Report on plague in the Punjab from October 1st ... to September 30th ..., being the ... season of plague in the province
Disease focus: Plague
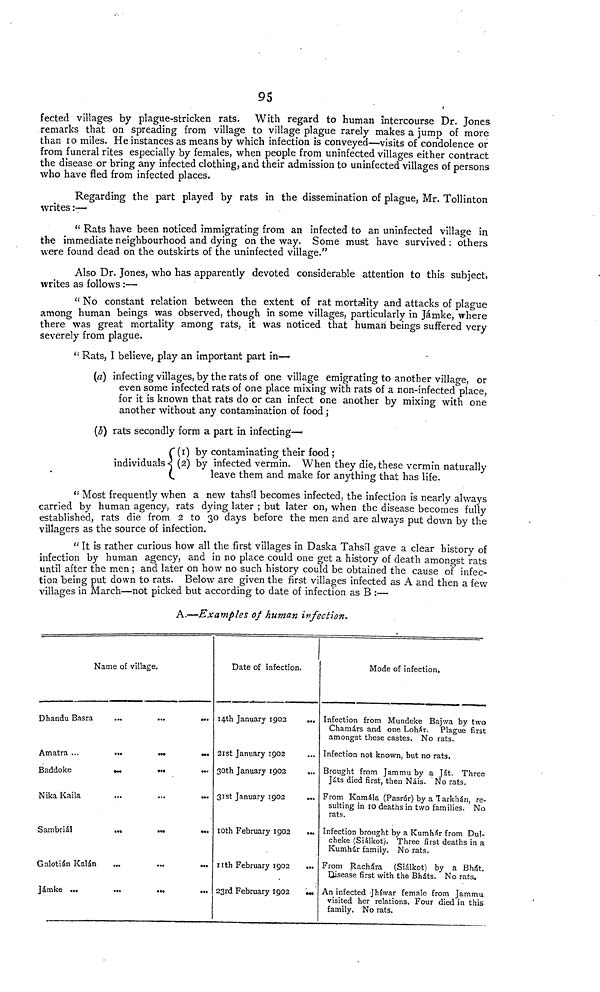
95
fected villages by plague-stricken rats. With regard to human intercourse Dr. Jones
remarks that on spreading from village to village plague rarely makes a jump of more
than 10 miles. He instances as means by which infection is conveyed—visits of condolence or
from funeral rites especially by females, when people from uninfected villages either contract
the disease or bring any infected clothing, and their admission to uninfected villages of persons
who have fled from infected places.
Regarding the part played by rats in the dissemination of plague, Mr. Tollinton
writes :—
" Rats have been noticed immigrating from an infected to an uninfected village in
the immediate neighbourhood and dying on the way. Some must have survived : others
were found dead on the outskirts of the uninfected village."
Also Dr. Jones, who has apparently devoted considerable attention to this subject,
writes as follows :—
" No constant relation between the extent of rat mortality and attacks of plague
among human beings was observed, though in some villages, particularly in Jámke, where
there was great mortality among rats, it was noticed that human beings suffered very
severely from plague.
Rats, I believe, play an important part in—
(a) infecting villages, by the rats of one village emigrating to another village, or
even some infected rats of one place mixing with rats of a non-infected place,
for it is known that rats do or can infect one another by mixing with one
another without any contamination of food ;
(3) rats secondly form a part in infecting—
(1) by contaminating their food ;
individuals (2) by infected vermin. When they die, these vermin naturally
.
leave them and make for anything that has life.
" Most frequently when a new tahsil becomes infected, the infection is nearly always
carried by human agency, rats dying later ; but later on, when the disease becomes fully
established, rats die from 2 to 30 days before the men and are always put down by the
villagers as the source of infection.
" It is rather curious how all the first villages in Daska Tahsil gave a clear history of
infection by human agency, and in no place could one get a history of death amongst rats
until after the men ; and later on how no such history could be obtained the cause of infec-
tion being put down to rats. Below are given the first villages infected as A and then a few
villages in March—not picked but according to date of infection as B :—
A.—Examples of human in fection.
Name of village.
Dhandu Basra
...
...
...
Amatra ...
...
...
...
Baddoke
...
...
...
NikaKaila
Sambriál
...
...
...
Galotián Kalán
jámke ...
...
...
Date of infection.
14th January 1902
...
2ist January 1902
...
30th January 1902
...
31st January 1902
...
10th February 1902
nth February 1902
...
23rd February 1902
...
Mode of infection.
Infection from Mundeke Bajwa by two
Chamárs and one Lohar. Plague first
amongst these castes. No rats.
Infection not known, but no rats.
Brought from Jammu by a Ját. Three
Játs died first, then Náis. ' No rats.
From Kamála (Pasrúr) by a Tarkhán, re-
sulting in 10 deaths in two families. No
rats.
Infection brought by a Kumhar from Dul-
cheke (Siálkot). Three first deaths in a
Kumhár family. No rats.
From Rachára (Siâlkot) by a Bhát.
Disease first with the Bháts. No rats.
An infected Jhiwar female from Jammu
visited her relations. Four died in this
family. No rats.